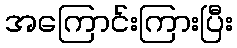
အကြောင်းကြားပြီး